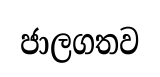
ජාලගතව